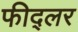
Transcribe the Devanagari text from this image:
फीद्लर